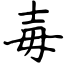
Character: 毐